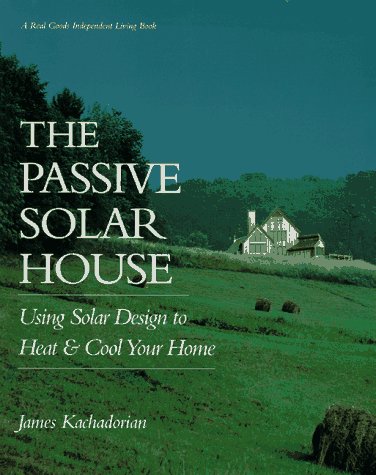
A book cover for The Passive Solar House: Using Solar Design to Heat and Cool Your Home (Real Goods Independent Living Book); James Kachadorian; Crafts, Hobbies & Home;